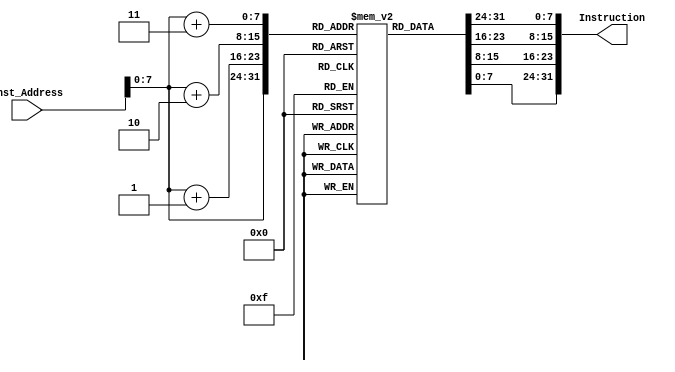
`timescale 1ns/1ps
module Instruction_Memory
(
	input [63:0] Inst_Address,
	output reg [31:0] Instruction
);
	reg [7:0] inst_mem [150:0];
	
	initial
	begin
//		inst_mem[0]=8'b10000011; //83
//		inst_mem[1]=8'b00110100; //34
//		inst_mem[2]=8'b10000101; //85
//		inst_mem[3]=8'b00000010; //0f
//		inst_mem[4]=8'b10110011; //b3
//		inst_mem[5]=8'b10000100; //84
//		inst_mem[6]=8'b10011010; //9a
//		inst_mem[7]=8'b00000000; //00
//		inst_mem[8]=8'b10010011; //93
//		inst_mem[9]=8'b10000100;
//		inst_mem[10]=8'b00010100;
//		inst_mem[11]=8'b00000000;
//		inst_mem[12]=8'b00100011;
//		inst_mem[13]=8'b00110100;
//		inst_mem[14]=8'b10010101;
//		inst_mem[15]=8'b00000010;

        //addi x11, x0, 6
		inst_mem[0]=8'b10010011;
		inst_mem[1]=8'b00000101;
		inst_mem[2]=8'b01100000;
		inst_mem[3]=8'b0;
		
		//addi x29, x0, 6
		inst_mem[4]=8'b10010011;
		inst_mem[5]=8'b00001110;
		inst_mem[6]=8'b01100000;
		inst_mem[7]=8'b0;
		
		//addi x30, x0, 0
		inst_mem[8]=8'b00010011;
		inst_mem[9]=8'b00001111;
		inst_mem[10]=8'b00000000;
		inst_mem[11]=8'b0;
		
		//addi x31 x0 0
		inst_mem[12]=8'b00010011;
		inst_mem[13]=8'b00001111;
		inst_mem[14]=8'b00000000;
		inst_mem[15]=8'b0;
		
		//addi x28, x0, 6
		inst_mem[16]=8'b00010011;
		inst_mem[17]=8'b00001110;
		inst_mem[18]=8'b01100000;
		inst_mem[19]=8'b0;
		
		//sw x11, 256(x30)
		inst_mem[20]=8'b00100011;
		inst_mem[21]=8'b00100000;
		inst_mem[22]=8'b10111111;
		inst_mem[23]=8'b00010000;
		
		//addi x31 x31 1
		inst_mem[24]=8'b10010011;
		inst_mem[25]=8'b10001111;
		inst_mem[26]=8'b00011111;
		inst_mem[27]=8'b0;
		
		//addi x30 x30 8
		inst_mem[28]=8'b00010011;
		inst_mem[29]=8'b00001111;
		inst_mem[30]=8'b10001111;
		inst_mem[31]=8'b0;
		
		//addi x11 x11 -1
		inst_mem[32]=8'b10010011;
		inst_mem[33]=8'b10000101;
		inst_mem[34]=8'b11110101;
		inst_mem[35]=8'b11111111;
	   
		//beq x28 x31 8
		inst_mem[36]=8'b01100011;
		inst_mem[37]=8'b00000100;
		inst_mem[38]=8'b11111110;
		inst_mem[39]=8'b00000001;

		//beq x0 x0 -20
		inst_mem[40]=8'b11100011;
		inst_mem[41]=8'b00000110;
		inst_mem[42]=8'b00000000;
		inst_mem[43]=8'b11111110;
		
		//addi x30 x0 0
		inst_mem[44]=8'b00010011;
		inst_mem[45]=8'b00001111;
		inst_mem[46]=8'b00000000;
		inst_mem[47]=8'b0;
		
		//addi x31 x30 0
		inst_mem[48]=8'b10010011;
		inst_mem[49]=8'b00001111;
		inst_mem[50]=8'b00001111;
		inst_mem[51]=8'b0;
		
		//addi x29 x0 0
		inst_mem[52]=8'b10010011;
		inst_mem[53]=8'b00001110;
		inst_mem[54]=8'b0;
		inst_mem[55]=8'b0;
		
		//addi x11 x0 6
		inst_mem[56]=8'b10010011;
		inst_mem[57]=8'b00000101;
		inst_mem[58]=8'b01100000;
		inst_mem[59]=8'b0;
		
		//beq x11 x30 88
		inst_mem[60]=8'b01100011;
		inst_mem[61]=8'b10001100;
		inst_mem[62]=8'b11100101;
		inst_mem[63]=8'b00000101;
		
		//add x10 x29 x0
		inst_mem[64]=8'b00110011;
		inst_mem[65]=8'b10000101;
		inst_mem[66]=8'b00001110;
		inst_mem[67]=8'b0;
		
		//addi x31 x30 1
		inst_mem[68]=8'b10010011;
		inst_mem[69]=8'b00001111;
		inst_mem[70]=8'b00011111;
		inst_mem[71]=8'b0;
		
		//addi x28 x29 8
		inst_mem[72]=8'b00010011;
		inst_mem[73]=8'b10001110;
		inst_mem[74]=8'b10001110;
		inst_mem[75]=8'b0;
		
		//beq x31 x11 48
		inst_mem[76]=8'b01100011;
		inst_mem[77]=8'b10001000;
		inst_mem[78]=8'b10111111;
		inst_mem[79]=8'b00000010;
		
		//lw x15 256(x28)
		inst_mem[80]=8'b10000011;
		inst_mem[81]=8'b00100111;
		inst_mem[82]=8'b00001110;
		inst_mem[83]=8'b00010000;
		
		//lw x16 256(x10)
		inst_mem[84]=8'b00000011;
		inst_mem[85]=8'b00101000;
		inst_mem[86]=8'b00000101;
		inst_mem[87]=8'b00010000;
		
		//blt x15 x16 28
		inst_mem[88]=8'b01100011;
		inst_mem[89]=8'b11001110;
		inst_mem[90]=8'b00000111;
		inst_mem[91]=8'b00000001;
		
		//addi x31 x31 1
		inst_mem[92]=8'b10010011;
		inst_mem[93]=8'b10001111;
		inst_mem[94]=8'b00011111;
		inst_mem[95]=8'b00000000;
		
		//addi x28 x28 8
		inst_mem[96]=8'b00010011;
		inst_mem[97]=8'b00001110;
		inst_mem[98]=8'b10001110;
		inst_mem[99]=8'b00000000;
		
		//beq x0 x0 -24
		inst_mem[100]=8'b11100011;
		inst_mem[101]=8'b00000100;
		inst_mem[102]=8'b00000000;
		inst_mem[103]=8'b11111110;
		
		//addi x30 x30 1
        inst_mem[104]=8'b00010011;
		inst_mem[105]=8'b00001111;
		inst_mem[106]=8'b00011111;
		inst_mem[107]=8'b0;
		
		//addi x28 x28 8
		inst_mem[108]=8'b00010011;
		inst_mem[109]=8'b00001110;
		inst_mem[110]=8'b10001110;
		inst_mem[111]=8'b0;
		
		//beq x0 x0 -52
		inst_mem[112]=8'b11100011;
		inst_mem[113]=8'b00000110;
		inst_mem[114]=8'b00000000;
		inst_mem[115]=8'b11111100;
		
		//addi x10 x28 0
		inst_mem[116]=8'b00010011;
		inst_mem[117]=8'b00000101;
		inst_mem[118]=8'b00001110;
		inst_mem[119]=8'b0;
		
		//beq x0 x0 -28
		inst_mem[120]=8'b11100011;
		inst_mem[121]=8'b00000010;
		inst_mem[122]=8'b00000000;
		inst_mem[123]=8'b11111110;
		
		//lw x13 256(x10)
		inst_mem[124]=8'b10000011;
		inst_mem[125]=8'b00100110;
		inst_mem[126]=8'b00000101;
		inst_mem[127]=8'b00010000;
		
		//lw x14 256(x29)
		inst_mem[128]=8'b00000011;
		inst_mem[129]=8'b10100111;
		inst_mem[130]=8'b00001110;
		inst_mem[131]=8'b00010000;
		
		//sw x13 256(x29)
		inst_mem[132]=8'b00100011;
		inst_mem[133]=8'b10100000;
		inst_mem[134]=8'b11011110;
		inst_mem[135]=8'b00010000;
		
		//sw x14 256(x10)
		inst_mem[136]=8'b00100011;
		inst_mem[137]=8'b00100000;
		inst_mem[138]=8'b11100101;
		inst_mem[139]=8'b00010000;
		
		//addi x29 x29 8
		inst_mem[140]=8'b10010011;
		inst_mem[141]=8'b10001110;
		inst_mem[142]=8'b10001110;
		inst_mem[143]=8'b0;
		
		//beq x0 x0 -40
		inst_mem[144]=8'b11100011;
		inst_mem[145]=8'b00001100;
		inst_mem[146]=8'b00000000;
		inst_mem[147]=8'b11111100;
	end
	
	
	always @(Inst_Address)
	begin
		Instruction={inst_mem[Inst_Address+3],inst_mem[Inst_Address+2],inst_mem[Inst_Address+1],inst_mem[Inst_Address]};
	end
endmodule